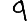
Digit: 9